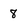
Character: 8